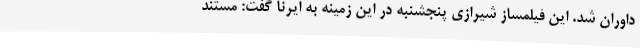
داوران شد. این فیلمساز شیرازی پنجشنبه در این زمینه به ایرنا گفت: مستند